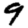
Digit: 9